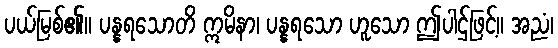
ပယ်မြစ်၏။ ပန္နရသောတိ ဣမိနာ၊ ပန္နရသော ဟူသော ဤပါဌ်ဖြင့်။ အညံ၊